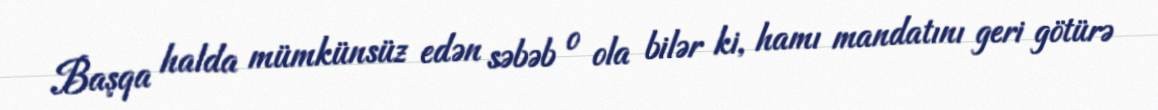
Başqa halda mümkünsüz edən səbəb o ola bilər ki, hamı mandatını geri götürə